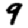
Digit: 9